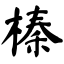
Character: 榛